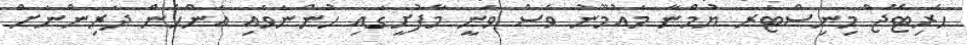
ހެރިޓޭޖް މިނިސްޓަރ ޔުމްނާ މައުމޫނު ވެސް ވަނީ މާފުށީގައި ހުންނަވައި އަންހެން ދަރިންނަށް